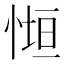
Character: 𭝧